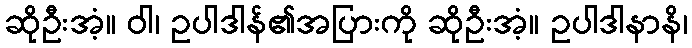
ဆိုဦးအံ့။ ဝါ၊ ဥပါဒါန်၏အပြားကို ဆိုဦးအံ့။ ဥပါဒါနာနိ၊